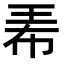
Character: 𤤰